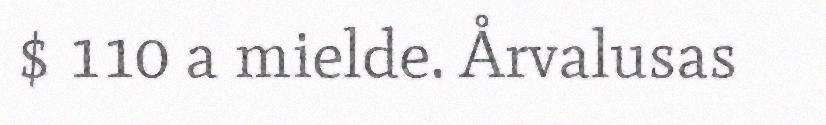
$ 110 a mielde. Årvalusas